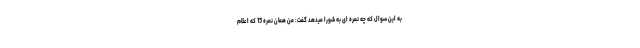
به این سوال که چه نمره ای به شورا میدهد گفت: من همان نمره 15 که اعلام